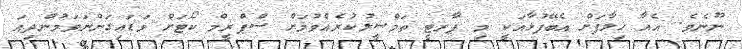
ނޫނެވެ. އެއާ ޚިލާފަށް އެބޭފުޅާއަކީ މި ޕާރޓީ ތަމްސީލުކުރެއްވުމަށް ސްޕްރީމް ކޯޓަށް ވަޑައިގަންނަވަމުންދިއަ